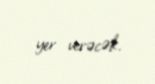
yer verəcək.